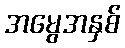
အမွေအနှစ်